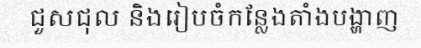
ជួសជុល និងរៀបចំកន្លែងតាំងបង្ហាញ